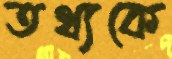
তথ্যকে